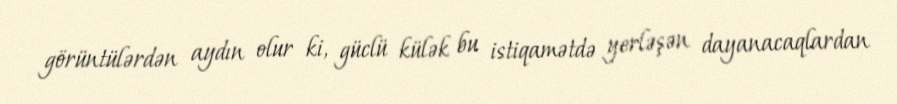
görüntülərdən aydın olur ki, güclü külək bu istiqamətdə yerləşən dayanacaqlardan